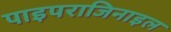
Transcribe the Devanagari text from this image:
पाइपराजिनाइल